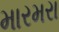
મારમરા